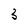
Character: 3